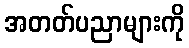
အတတ်ပညာများကို